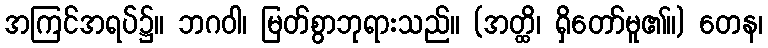
အကြင်အရပ်၌။ ဘဂဝါ၊ မြတ်စွာဘုရားသည်။ (အတ္ထိ၊ ရှိတော်မူ၏။) တေန၊